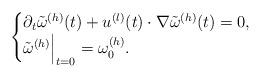
LaTeX: \begin{align*}\begin{cases} \partial_t {\tilde \omega}^{(h)}(t) + u^{(l)}(t) \cdot \nabla {\tilde \omega}^{(h)}(t) =0,\\ {\tilde \omega}^{(h)} \Bigr|_{t=0} = \omega^{(h)}_0. \end{cases} \end{align*}